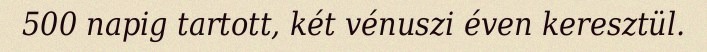
500 napig tartott, két vénuszi éven keresztül.